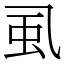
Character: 虱